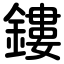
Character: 鏤